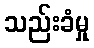
သည်းခံမှု